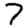
Digit: 7